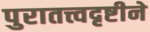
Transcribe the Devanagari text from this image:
पुरातत्त्वदृष्टीने